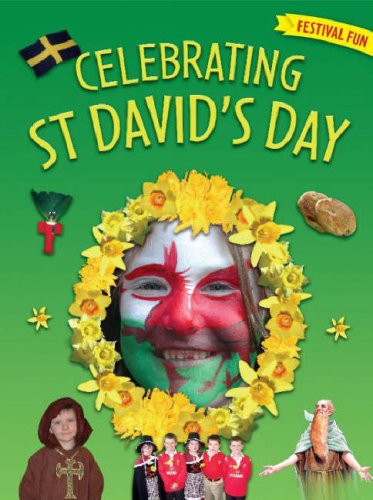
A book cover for Celebrating St David's Day (Festive Fun); Elin Meek; Children's Books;